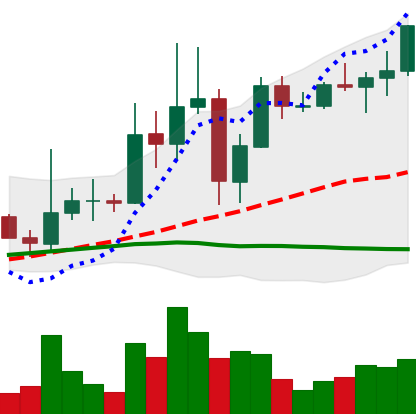
Ticker: XRP-USD
Chart end date: 2021-04-02
Forward return: 48.82%
Label: up_7plus